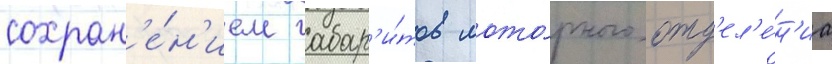
сохран'е́н'ием габар'и́тов мото́рного отд'ел'е́н'иа